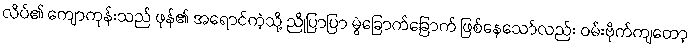
လိပ်၏ ကျောကုန်းသည် ဖုန်၏ အရောင်ကဲ့သို့ ညိုပြာပြာ မွဲခြောက်ခြောက် ဖြစ်နေသော်လည်း ဝမ်းဗိုက်ကျတော့